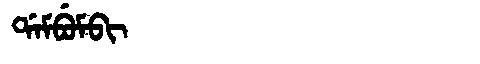
Manchu: ᡩᠠᠮᠪᡠᠮᠪᡳ
Romanization: DAMBUMBI